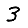
Digit: 3